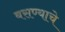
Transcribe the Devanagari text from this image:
बसण्याचे